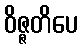
ဝိဇ္ဇတိပေ